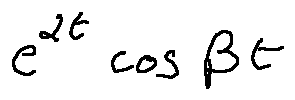
e ^ { \alpha t } \cos \beta t